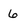
Character: 6